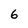
Character: 6